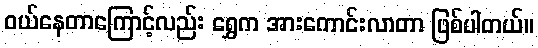
ဝယ်နေတာကြောင့်လည်း ရွှေက အားကောင်းလာတာ ဖြစ်ပါတယ်။